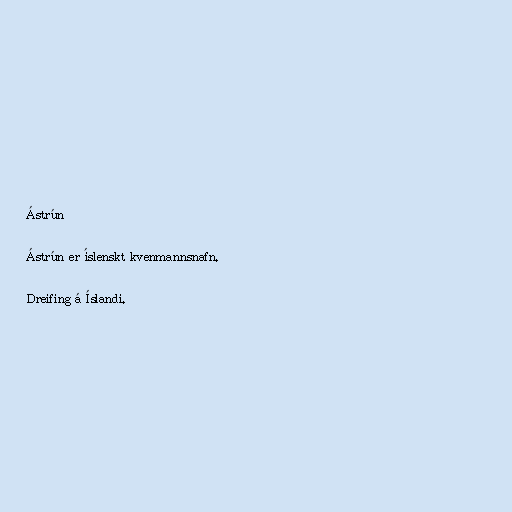
Ástrún

Ástrún er íslenskt kvenmannsnafn.

Dreifing á Íslandi.